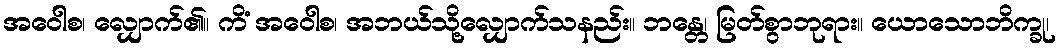
အဝေါစ၊ လျှောက်၏။ ကိံ အဝေါစ၊ အဘယ်သို့လျှောက်သနည်း။ ဘန္တေ၊ မြတ်စွာဘုရား။ ယောသောဘိက္ခု၊